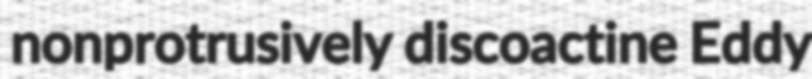
nonprotrusively discoactine Eddy